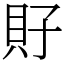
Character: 𧴯